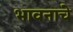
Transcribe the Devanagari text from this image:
भावनाचे